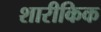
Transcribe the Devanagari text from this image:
शारीकिक